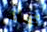
كلا